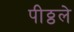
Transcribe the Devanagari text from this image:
पीठ्ठले